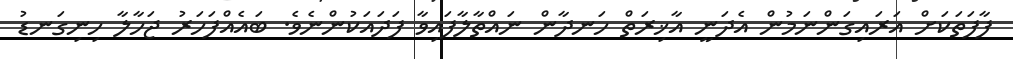
ފާފަތަކަށް އަރައިގަންނަމުން އެދަނީ އާޚިރަތް ހަނދާން ނައްތާލާފައިވާ ފަދައަކުންނެވެ. ބައެއްފަހަރު ޖަހާލާ ހިނިގަނޑު